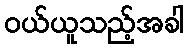
ဝယ်ယူသည့်အခါ